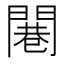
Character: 闀